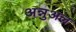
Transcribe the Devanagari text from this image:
अन्नुअल